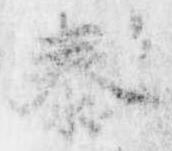
泰